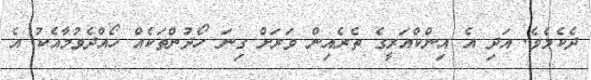
ދެކެމެވެ. އަދި އެ އިންކްއަރީގެ ތެރެއިން ވަރަށް ގިނަ ހޯދުންތަކެއް ހޯއްދެވުމާއެކު އެ